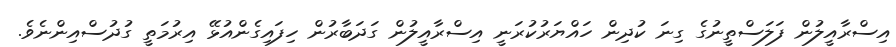
އިސްރާއީލުން ފަލަސްތީނުގެ ގިނަ ކުދިން ހައްޔަރުކުރަނީ އިސްރާއީލުން ގަދަބާރުން ހިފައިގެންއުޅޭ އިރުމަތީ ގުދުސްއިންނެވެ.